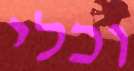
וכלי